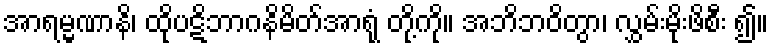
အာရမ္မဏာနိ၊ ထိုပဋိဘာဂနိမိတ်အာရုံ တို့ကို။ အဘိဘဝိတွာ၊ လွှမ်းမိုးဖိစီး ၍။